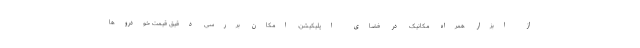
از ابزار همراه مکانیک در فضای اپلیکیشن، امکان بررسی دقیق قیمت خودروها